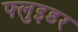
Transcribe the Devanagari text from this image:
फ्लुइडर